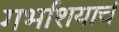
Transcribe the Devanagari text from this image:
गर्भाशयाचं